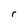
Character: r